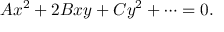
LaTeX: A x ^ { 2 } + 2 B x y + C y ^ { 2 } + \cdots = 0 .